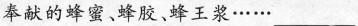
奉献的蜂蜜。蜂胶。蜂王浆······___